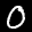
Label: 0